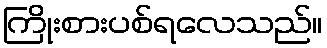
ကြိုးစားပစ်ရလေသည်။